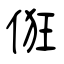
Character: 俇